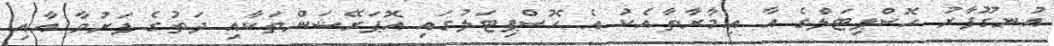
އުނގޫފާރު ހޮސްޕިޓަލްގެ އާ އިމާރާތާއެކު އެ ހޮސްޕިޓަލުގައި އޮޕަރޭޝަންތަކާއި ދަތުގެ ފަރުވާ އާއި